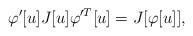
LaTeX: \begin{align*}\varphi'[u] J[u] \varphi'^T[u] = J[\varphi[u]], \end{align*}